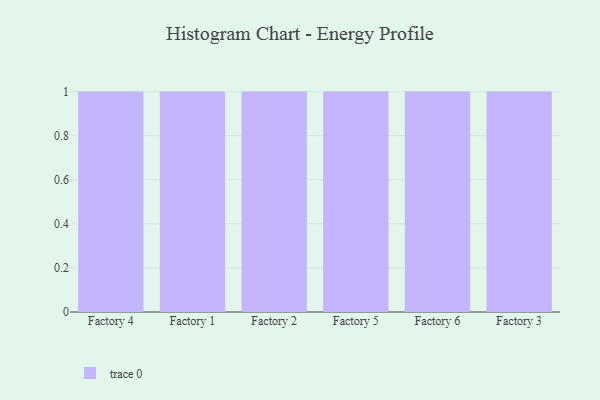
{"axis": {"x": "Factory", "y": "Temperature (°C)"}, "legend": [""], "data": [{"x": "Factory 4", "y": 85, "type": ""}, {"x": "Factory 1", "y": 74, "type": ""}, {"x": "Factory 2", "y": 95, "type": ""}, {"x": "Factory 5", "y": 1, "type": ""}, {"x": "Factory 6", "y": 62, "type": ""}, {"x": "Factory 3", "y": 65, "type": ""}]}